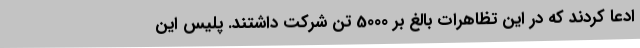
ادعا کردند که در این تظاهرات بالغ بر 5000 تن شرکت داشتند. پلیس این